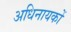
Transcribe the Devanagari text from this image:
अधिनायकों